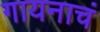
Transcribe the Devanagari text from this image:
गायनाचं